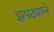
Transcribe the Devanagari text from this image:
झपट्याने